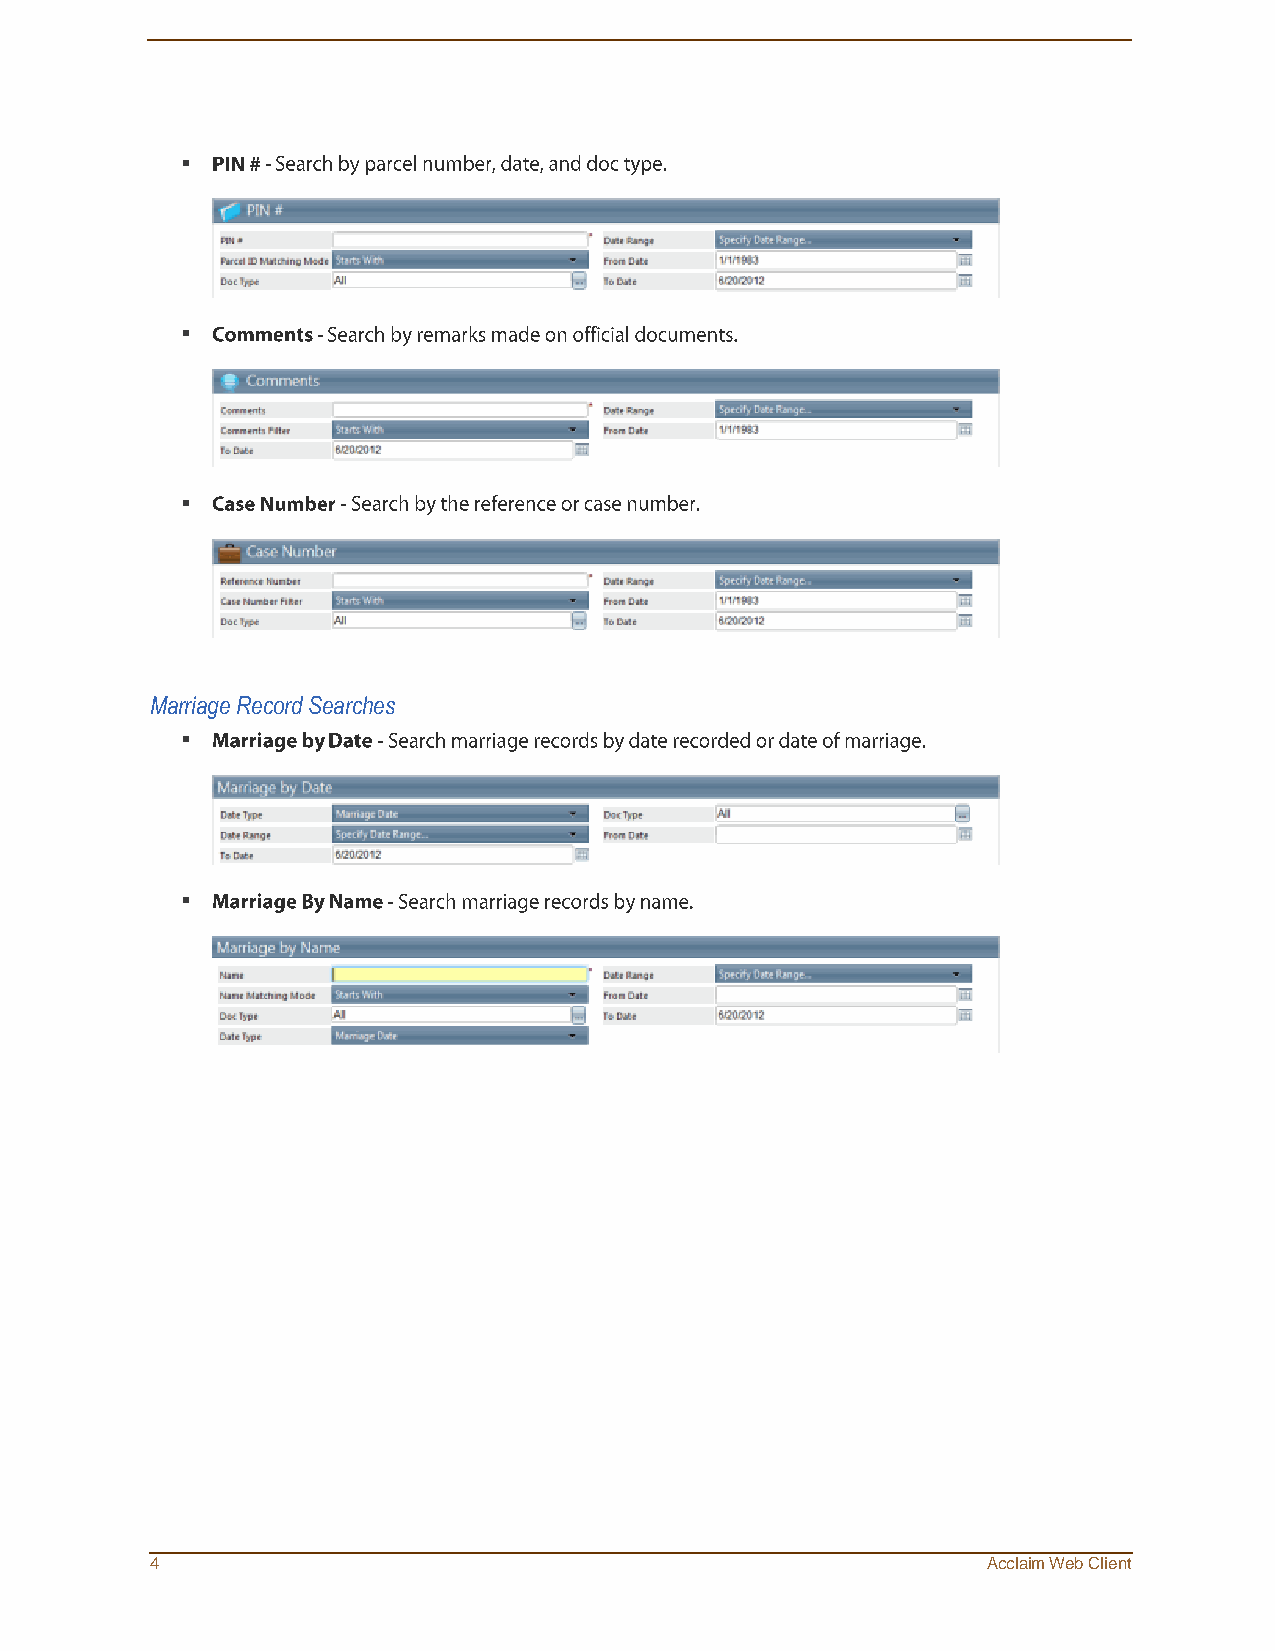

 
 
 Marriage Record Searches
 
 
 4                                                      Acclaim Web Client